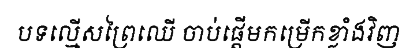
បទល្មើសព្រៃឈើ ចាប់ផ្តើមកម្រើកខ្លាំងវិញ